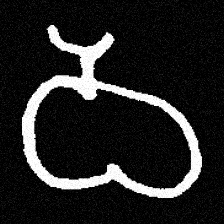
Pyu character \u2014 Myanmar letter: ဝ (romanized: wa)